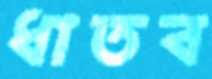
ধাতব